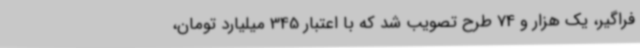
فراگیر، یک هزار و 74 طرح تصویب شد که با اعتبار 345 میلیارد تومان،